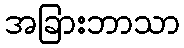
အခြားဘာသာ